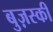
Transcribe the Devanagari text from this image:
बुज़स्की